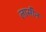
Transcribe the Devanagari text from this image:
लार्सॉन